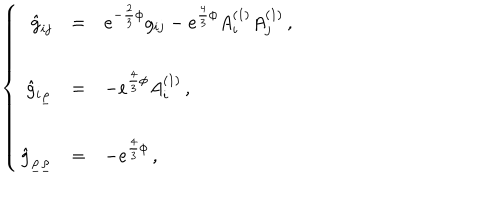
\left\{ \begin{array} { r c l } { { \hat { g } _ { i j } } } & { { = } } & { { e ^ { - \frac { 2 } { 3 } \phi } g _ { i j } - e ^ { \frac { 4 } { 3 } \phi } A _ { i } ^ { ( 1 ) } A _ { j } ^ { ( 1 ) } \, , } } \\ { { } } & { { } } & { { } } \\ { { \hat { g } _ { i \underline { { { \rho } } } } } } & { { = } } & { { - e ^ { \frac { 4 } { 3 } \phi } A _ { i } ^ { ( 1 ) } \, , } } \\ { { } } & { { } } & { { } } \\ { { \hat { g } _ { \underline { { { \rho } } } \underline { { { \rho } } } } } } & { { = } } & { { - e ^ { \frac { 4 } { 3 } \phi } \, , } } \\ \end{array} \right.